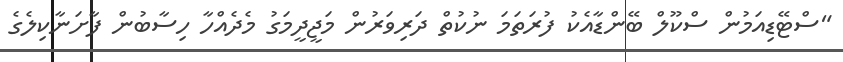
"ސްޓޭޑިއަމުން ސްކޫލް ބޭންޑާއެކު ފުރަތަމަ ނުކުތް ދަރިވަރުން މަޖީދީމަގު މެދެއްހާ ހިސާބުން ފާށަނާކިލެގެ